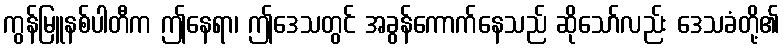
ကွန်မြူနစ်ပါတီက ဤနေရာ၊ ဤဒေသတွင် အခွန်ကောက်နေသည် ဆိုသော်လည်း ဒေသခံတို့၏